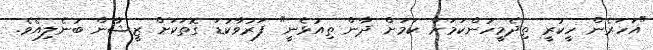
"އަހަރެން ހީކުރީ ތިދެމީހުންކަމަށް ކަމަށް ދާން ތިއުޅެނީ" ފަރުވާކުޑަ ގޮތަކަށް ޒީޝާން ބުނެލިއެވެ.